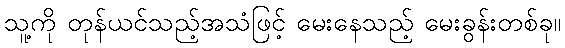
သူ့ကို တုန်ယင်သည့်အသံဖြင့် မေးနေသည့် မေးခွန်းတစ်ခု။